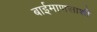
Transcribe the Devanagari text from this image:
बाईमाणसाशी